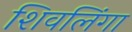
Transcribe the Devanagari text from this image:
शिवलिंगा